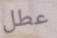
عطل